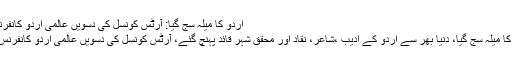
اردو کا میلہ سج گیا: آرٹس کونسل کی دسویں عالمی اردو کانفرنس کا پرقار آغاز -
کراچی : اردو ادب کا میلہ سج گیا، دنیا بھر سے اردو کے ادیب ،شاعر، نقاد اور محقق شہر قائد پہنچ گئے، آرٹس کونسل کی دسویں عالمی اردو کانفرنس کا آغاز ہوگیا ہے۔